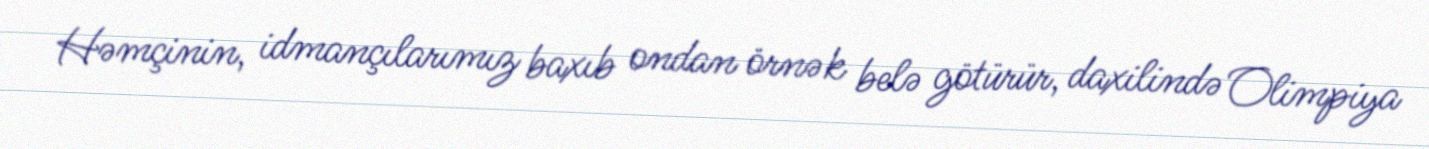
Həmçinin, idmançılarımız baxıb ondan örnək belə götürür, daxilində Olimpiya